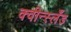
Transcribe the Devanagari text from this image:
क्वीन्स्लँड